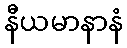
နီယမာနာနံ